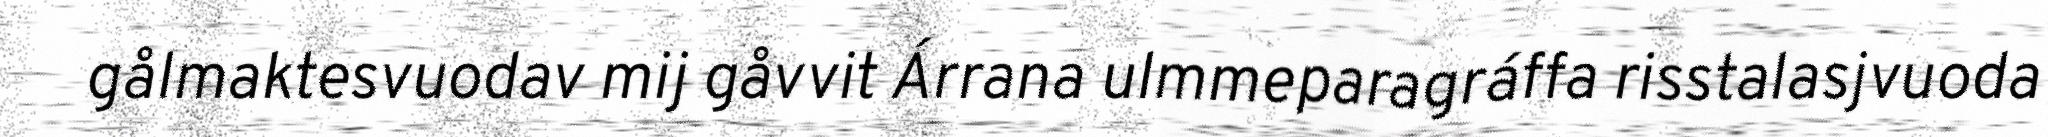
gålmaktesvuodav mij gåvvit Árrana ulmmeparagráffa risstalasjvuoda